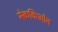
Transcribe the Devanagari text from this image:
मेककिओन